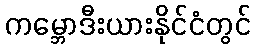
ကမ္ဘောဒီးယားနိုင်ငံတွင်